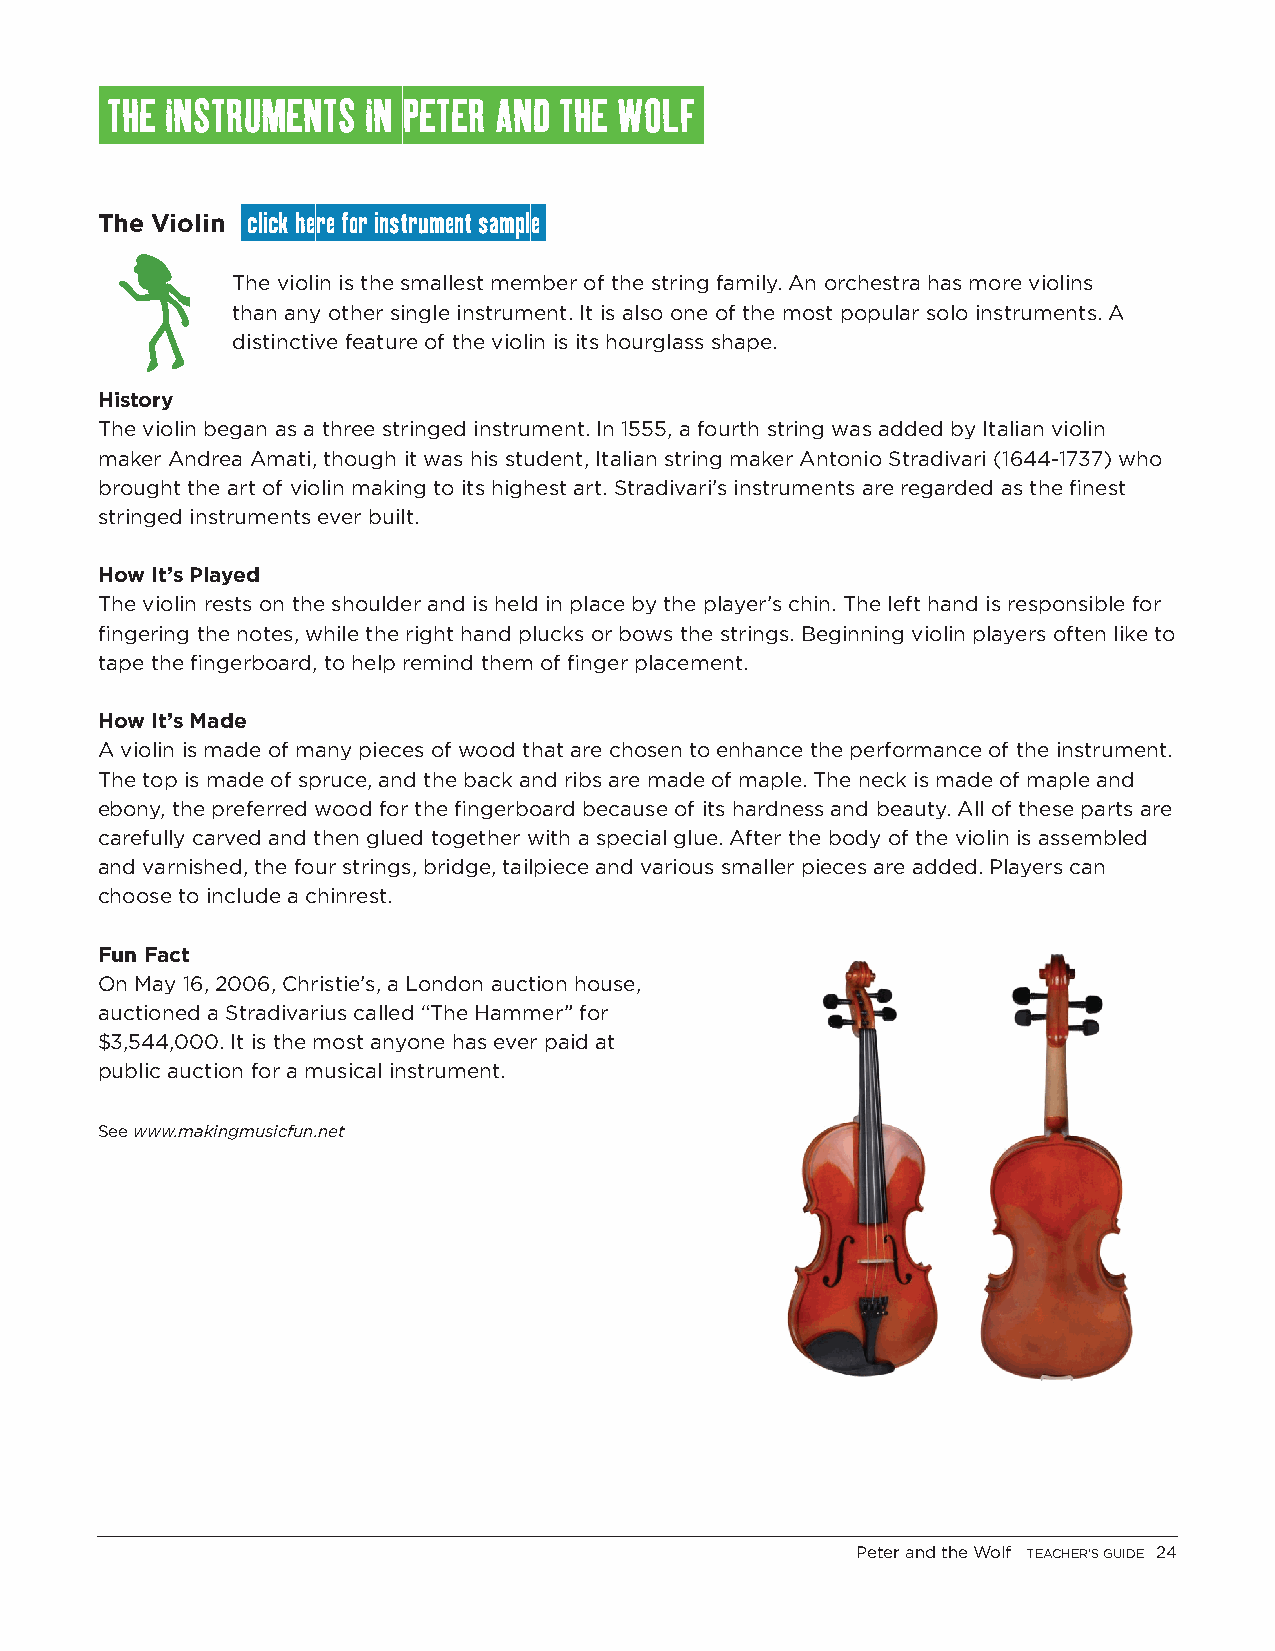
THE INSTRUMENTS  IN PETER AND THE WOLF
 The Violin click here for instrument sample
 The violin is the smallest member of the string family. An orchestra has more violins
 than any other single instrument. It is also one of the most popular solo instruments. A
 distinctive feature of the violin is its hourglass shape.
 History
 The violin began as a three stringed instrument. In 1555, a fourth string was added by Italian violin
 maker Andrea Amati, though it was his student, Italian string maker Antonio Stradivari (1644-1737) who
 brought the art of violin making to its highest art. Stradivari’s instruments are regarded as the finest
 stringed instruments ever built.
 How It’s Played
 The violin rests on the shoulder and is held in place by the player’s chin. The left hand is responsible for
 fingering the notes, while the right hand plucks or bows the strings. Beginning violin players often like to
 tape the fingerboard, to help remind them of finger placement.
 How It’s Made
 A violin is made of many pieces of wood that are chosen to enhance the performance of the instrument.
 The top is made of spruce, and the back and ribs are made of maple. The neck is made of maple and
 ebony, the preferred wood for the fingerboard because of its hardness and beauty. All of these parts are
 carefully carved and then glued together with a special glue. After the body of the violin is assembled
 and varnished, the four strings, bridge, tailpiece and various smaller pieces are added. Players can
 choose to include a chinrest.
 Fun Fact
 On May 16, 2006, Christie’s, a London auction house,
 auctioned a Stradivarius called “The Hammer” for
 $3,544,000. It is the most anyone has ever paid at
 public auction for a musical instrument.
 See www.makingmusicfun.net
 Peter and the Wolf TEACHER’S GUIDE 24